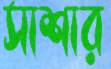
সাশার